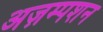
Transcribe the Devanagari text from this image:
अज़म्पशन